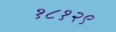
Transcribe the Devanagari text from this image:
१८१२९